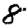
Digit: 8